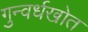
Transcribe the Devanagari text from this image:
गुन्वर्धखोत